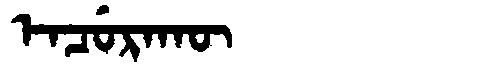
Manchu: ᡝᠨᠴᡠᡵᠠᡴᡡ
Romanization: ENCURAKŪ